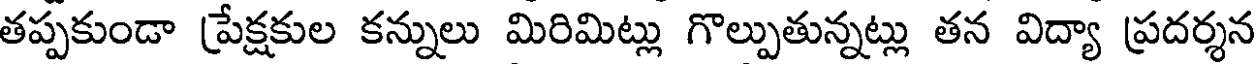
తప్పకుండా ప్రేక్షకుల కన్నులు మిరిమిట్లు గొల్పుతున్నట్లు తన విద్యా ప్రదర్శన